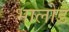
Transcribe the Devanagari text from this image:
भालोड